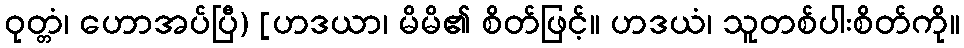
ဝုတ္တံ၊ ဟောအပ်ပြီ) [ဟဒယာ၊ မိမိ၏ စိတ်ဖြင့်။ ဟဒယံ၊ သူတစ်ပါးစိတ်ကို။